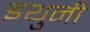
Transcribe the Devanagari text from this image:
इथुनी